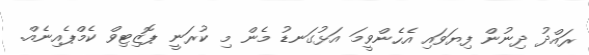
ރައްދު ދިނުން ފިޔަވައި އެހެންވީމަ އަޅުގަނޑު މެން މި ކުރަނީ ޕޮޒިޓިވް ކެމްޕެއިނެއް.